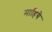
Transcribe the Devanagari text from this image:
माहिये